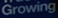
Growing